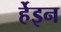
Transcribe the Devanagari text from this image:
र्हेइन